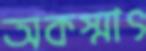
অকস্মাৎ